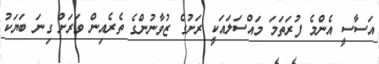
އަސާސީ އެންމެ ފުރަތަމަ މައްސަލައަކީ ރަށުގެ ޒުވާނުންގެ ތެރެއިން ވަރަށް ގިނަ ބަޔަކު